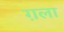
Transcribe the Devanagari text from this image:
ग़ला